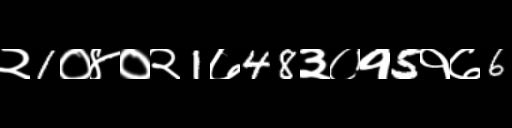
Text: २1०४०२1७48३०१5१७6